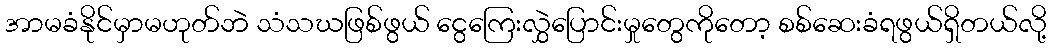
အာမခံနိုင်မှာမဟုတ်ဘဲ သံသဃဖြစ်ဖွယ် ငွေကြေးလွှဲပြောင်းမှုတွေကိုတော့ စစ်ဆေးခံရဖွယ်ရှိတယ်လို့